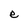
Character: e